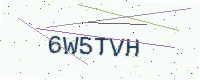
Text: 6W5TVH